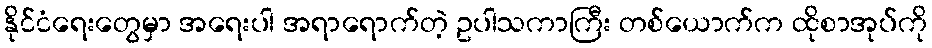
နိုင်ငံရေးတွေမှာ အရေးပါ အရာရောက်တဲ့ ဥပါသကာကြီး တစ်ယောက်က ထိုစာအုပ်ကို